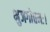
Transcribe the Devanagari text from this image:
भुजगोत्तमः।